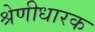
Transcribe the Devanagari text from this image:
श्रेणीधारक